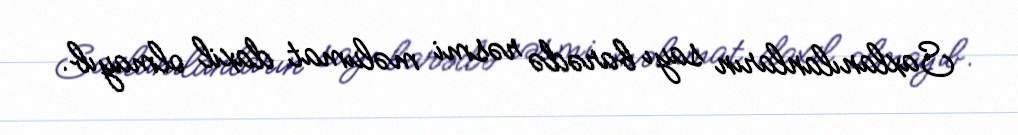
Saxlanılanların sayı barədə rəsmi məlumat daxil olmayıb.